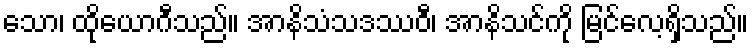
သော၊ ထိုယောဂီသည်။ အာနိသံသဒဿဝီ၊ အာနိသင်ကို မြင်လေ့ရှိသည်။